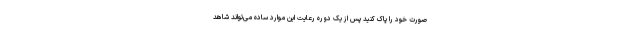
صورت خود را پاک کنید پس از یک دوره رعایت این موارد ساده می‌تواند شاهد